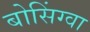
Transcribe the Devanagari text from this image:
बोसिंग्वा